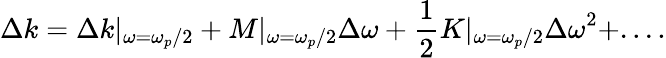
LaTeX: \Delta k=\Delta k|_{\omega=\omega_{p}/2}+M|_{\omega=\omega_{p}/2}{\Delta\omega}+\frac{1}{2}K|_{\omega=\omega_{p}/2}{\Delta\omega}^{2}+....